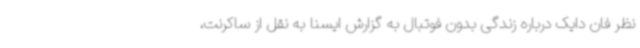
نظر فان دایک درباره زندگی بدون فوتبال به گزارش ایسنا به نقل از ساکرنت،